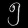
Digit: ၅